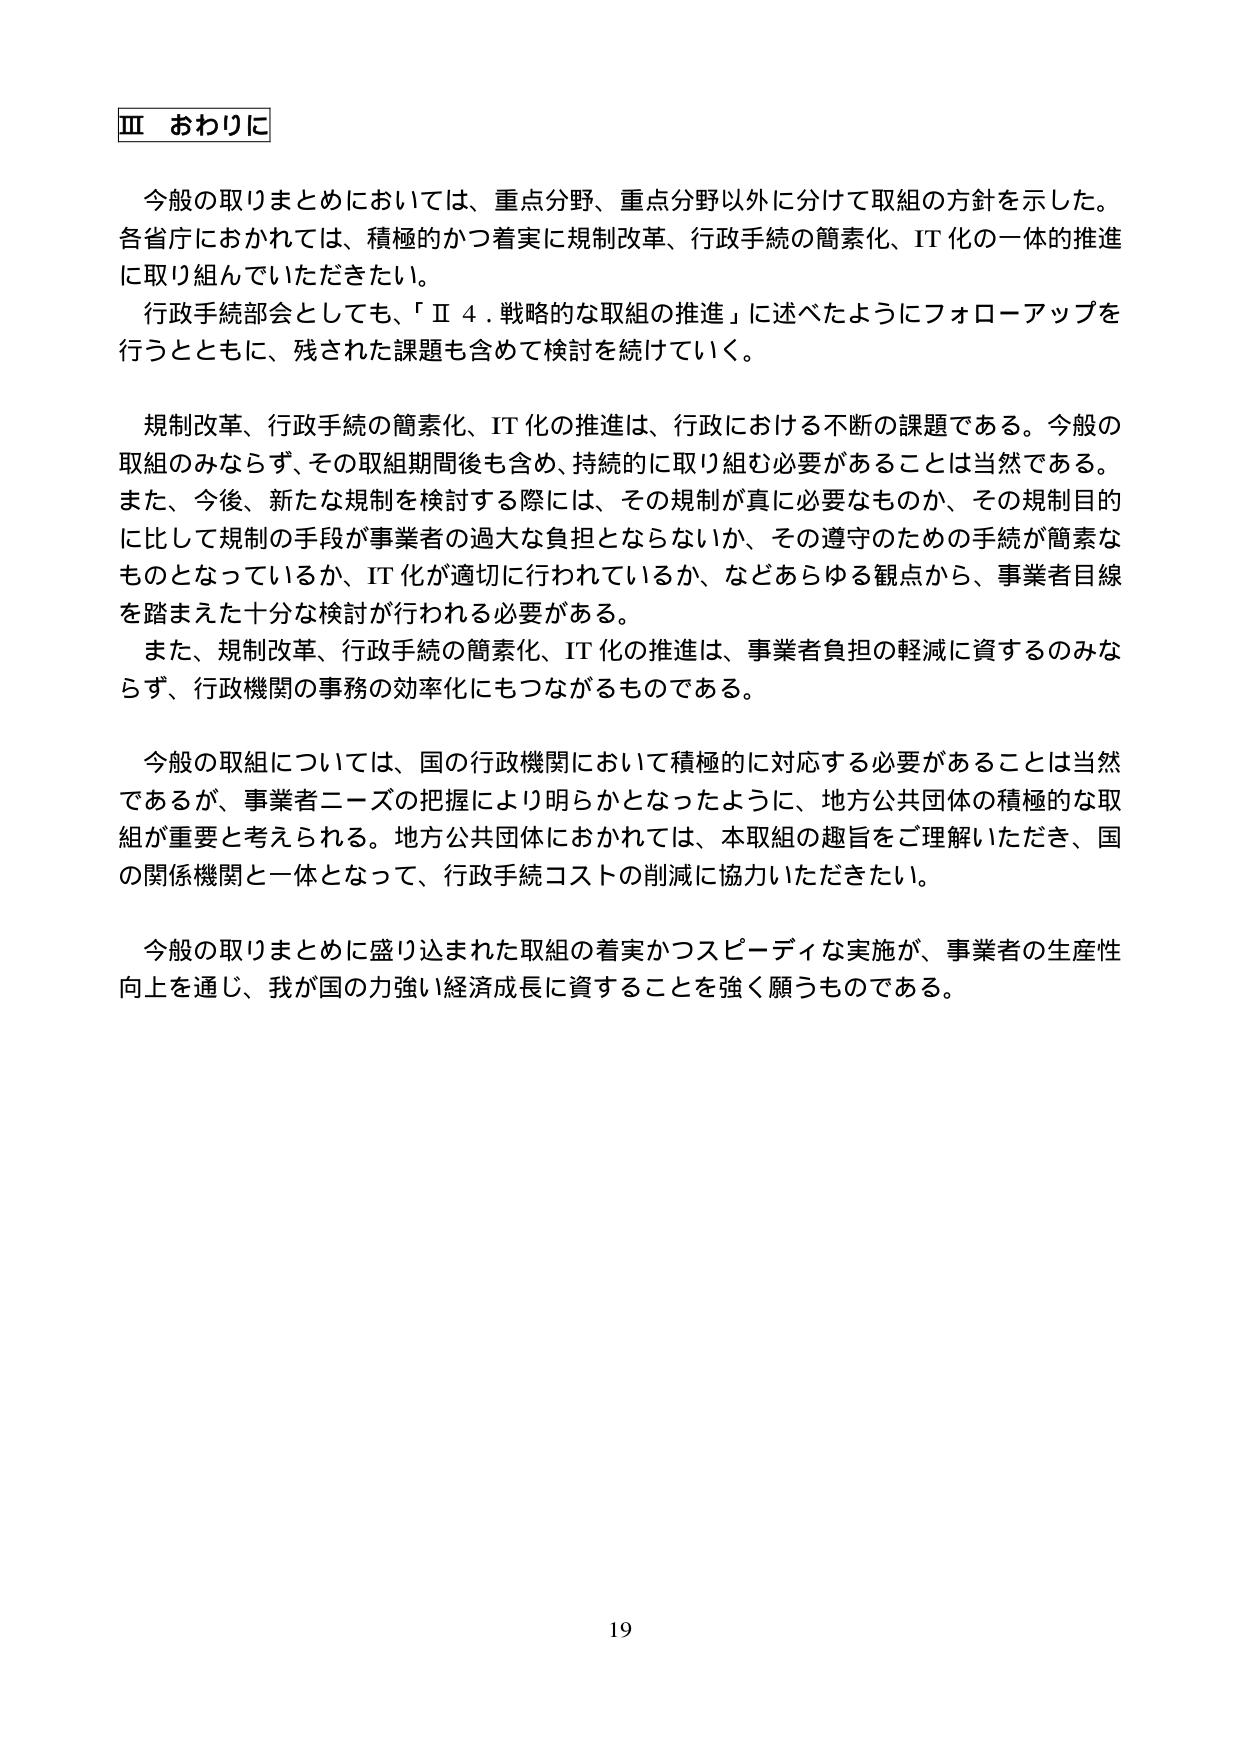
Ⅲ おわりに

今般の取りまとめにおいては、重点分野、重点分野以外に分けて取組の方針を示した。各省庁におかれては、積極的かつ着実に規制改革、行政手続の簡素化、IT化の一体的推進に取り組んでいただきたい。

行政手続部会としても、「Ⅱ 4．戦略的な取組の推進」に述べたようにフォローアップを行うとともに、残された課題も含めて検討を続けていく。

規制改革、行政手続の簡素化、IT化の推進は、行政における不断の課題である。今般の取組のみならず、その取組期間後も含め、持続的に取り組む必要があることは当然である。また、今後、新たな規制を検討する際には、その規制が真に必要なものか、その規制目的に比して規制の手段が事業者の過大な負担とならないか、その遵守のための手続が簡素なものとなっているか、IT化が適切に行われているか、などあらゆる観点から、事業者目線を踏まえた十分な検討が行われる必要がある。

また、規制改革、行政手続の簡素化、IT化の推進は、事業者負担の軽減に資するのみならず、行政機関の事務の効率化にもつながるものである。

今般の取組については、国の行政機関において積極的に対応する必要があることは当然であるが、事業者ニーズの把握により明らかとなったように、地方公共団体の積極的な取組が重要と考えられる。地方公共団体におかれては、本取組の趣旨をご理解いただき、国の関係機関と一体となって、行政手続コストの削減に協力いただきたい。

今般の取りまとめに盛り込まれた取組の着実かつスピーディな実施が、事業者の生産性向上を通じ、我が国の力強い経済成長に資することを強く願うものである。

19